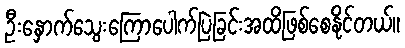
ဦးနှောက်သွေးကြောပေါက်ပြဲခြင်းအထိဖြစ်စေနိုင်တယ်။